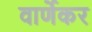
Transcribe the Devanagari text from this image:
वार्णेकर